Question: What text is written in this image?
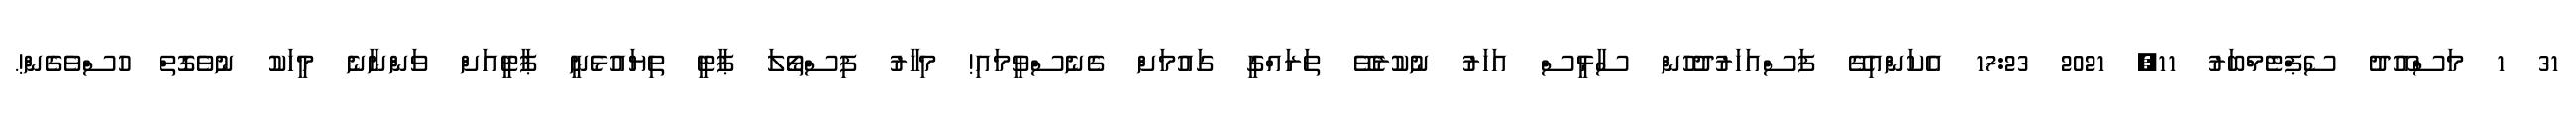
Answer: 31 1 މަސްއޫދު ސެޕްޓެމްބަރު 11, 2021 17:23 އެކަންއިގޭ ފަސްއަހަރުދުހުން ސާޅީސް އަހަރު ނުކުރެވޭ ތަރައްގީ ގައުމަށް ގެނެސްވީމައި! މިހާރު ފިސްތޯލަ ޕާޓީ ތިޔައުޅެނީ ޕާޓީއަށް ވަންނާނެ މީހަކު ނުވެގޮތް ހުސްވެގެން!.